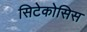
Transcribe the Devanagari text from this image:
सिटेकोसिस